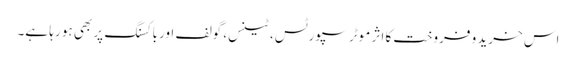
اس خرید و فروخت کا اثر موٹر سپورٹس، ٹینس، گولف اور باکسنگ پر بھی ہو رہا ہے۔